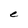
Character: e